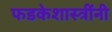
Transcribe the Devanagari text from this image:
फडकेशास्त्रींनी